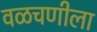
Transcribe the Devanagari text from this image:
वळचणीला